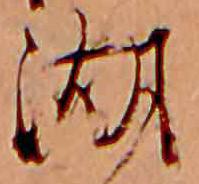
湖